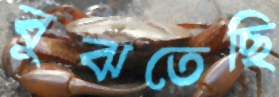
বুঝতেছি